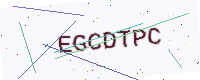
Text: EGCDTPC